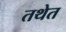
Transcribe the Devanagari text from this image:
तथेत